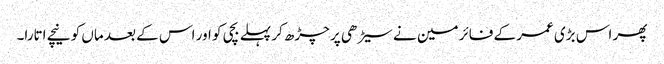
پھر اس بڑی عمر کے فائر مین نے سیڑھی پر چڑھ کر پہلے بچی کو اور اس کے بعد ماں کو نیچے اتارا۔